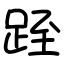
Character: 跮